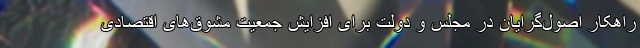
راهکار اصول‌گرایان در مجلس و دولت برای افزایش جمعیت مشوق‌های اقتصادی